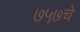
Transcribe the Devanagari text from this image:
७५७चे